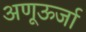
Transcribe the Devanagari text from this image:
अणूऊर्जा